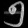
Digit: ၅